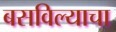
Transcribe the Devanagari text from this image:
बसविल्याचा